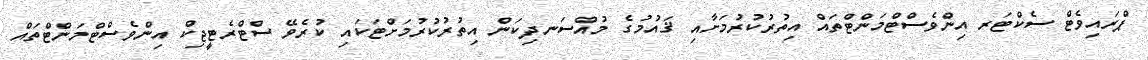
ޕްރައިވެޓް ސެކްޓަރ އިންވެސްޓްމަންޓްތައް އިތުރުކުރުމަށާއި ޤައުމުގެ މުއްސަނދިކަން އިތުރުކުރުމަށްޓަކައި ކުރެވޭ ސްޓްރެޓީޖިކް އިންވެސްޓްމަންޓްތައް